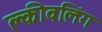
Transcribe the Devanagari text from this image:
क्लीवलिंग